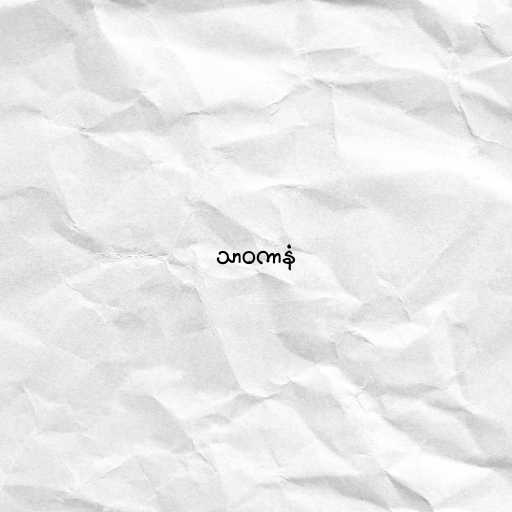
သာဝကာနံ